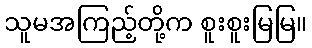
သူမအကြည့်တို့က စူးစူးမြမြ။